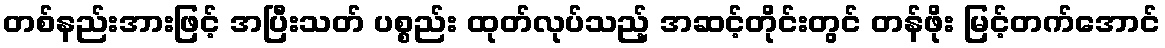
တစ်နည်းအားဖြင့် အပြီးသတ် ပစ္စည်း ထုတ်လုပ်သည့် အဆင့်တိုင်းတွင် တန်ဖိုး မြင့်တက်အောင်